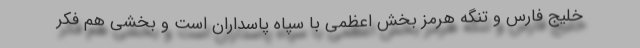
خلیج فارس و تنگه هرمز بخش اعظمی با سپاه پاسداران است و بخشی هم فکر